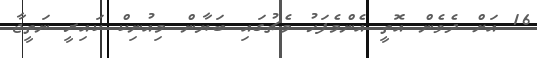
16 އަށް ދެވެން އޮތީ އެންމެފަހު މެޗުގައި ބަޔާން މިއުނިކް ކައިރީ ނަތީޖާ